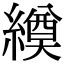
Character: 𦅆